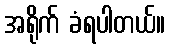
အရိုက် ခံရပါတယ်။